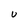
Character: U